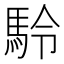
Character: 駖